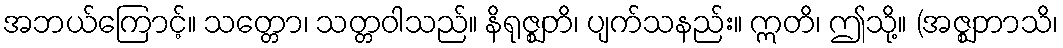
အဘယ်ကြောင့်။ သတ္တော၊ သတ္တဝါသည်။ နိရုဇ္ဈတိ၊ ပျက်သနည်း။ ဣတိ၊ ဤသို့။ (အဇ္ဈဘာသိ၊